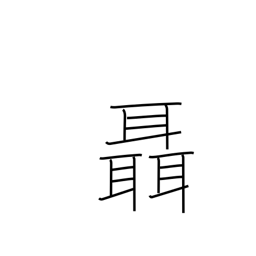
Meaning: whisper